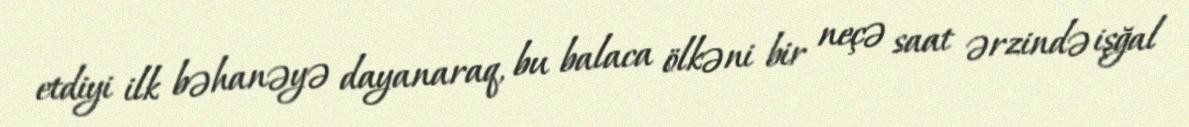
etdiyi ilk bəhanəyə dayanaraq, bu balaca ölkəni bir neçə saat ərzində işğal